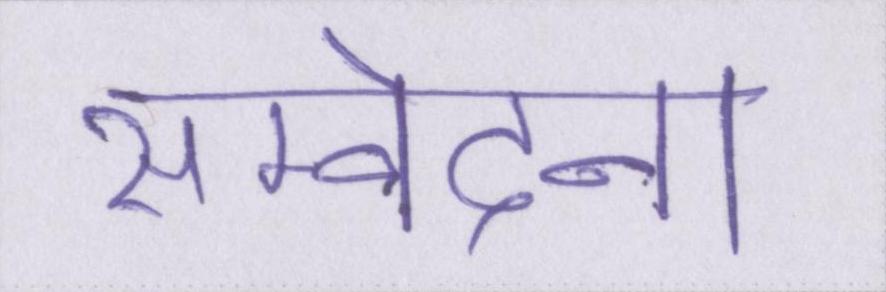
सम्वेदना